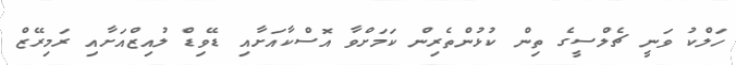
ހަލްކު ވަނީ ޗެލްސީގެ ތިން ކުޅުންތެރިން ކަމަށްވާ އޮސްކާއަށާއި ޑޭވިޑް ލުއިޒްއަށާއި ރަމިރޭޒް